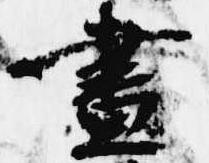
昼